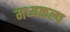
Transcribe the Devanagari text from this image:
मध्यकल्प